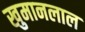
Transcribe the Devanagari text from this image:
खुमानलाल